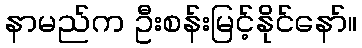
နာမည်က ဦးစန်းမြင့်နိုင်နော်။